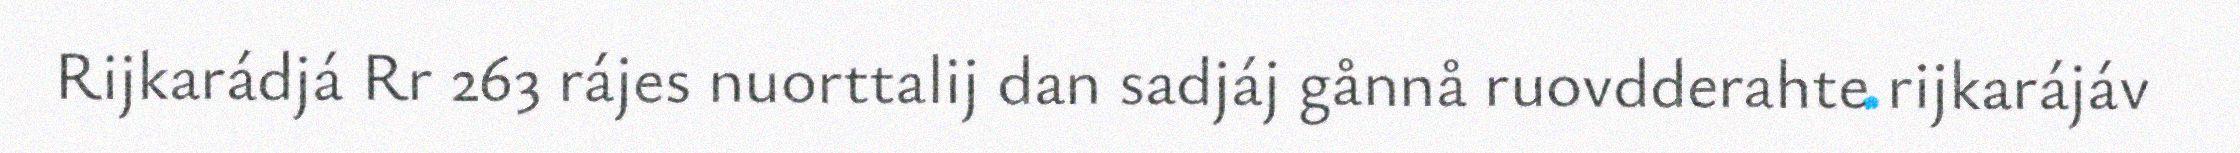
Rijkarádjá Rr 263 rájes nuorttalij dan sadjáj gånnå ruovdderahte rijkarájáv